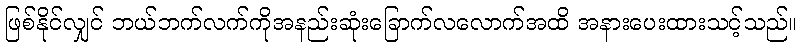
ဖြစ်နိုင်လျှင် ဘယ်ဘက်လက်ကိုအနည်းဆုံးခြောက်လလောက်အထိ အနားပေးထားသင့်သည်။